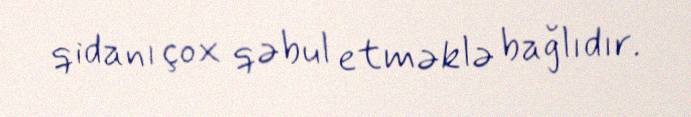
qidanı çox qəbul etməklə bağlıdır.